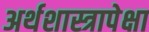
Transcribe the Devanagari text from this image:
अर्थशास्त्रापेक्षा